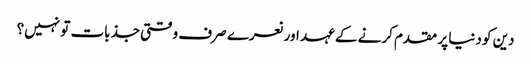
دین کو دنیا پر مقدم کرنے کے عہد اور نعرے صرف وقتی جذبات تو نہیں؟